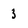
Character: 3